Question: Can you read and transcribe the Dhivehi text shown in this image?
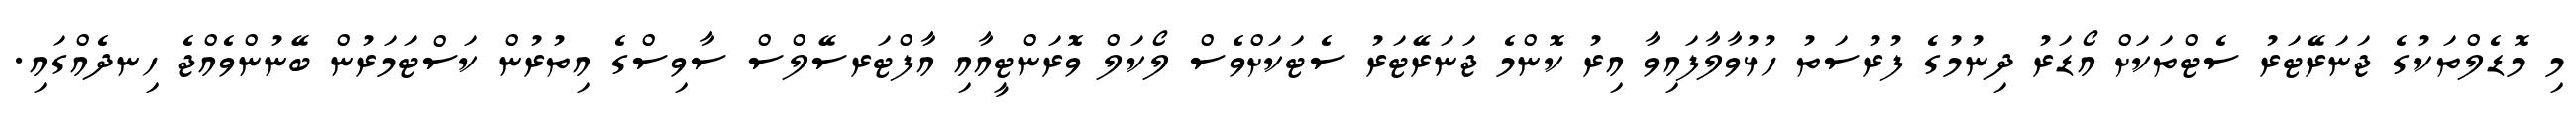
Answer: މި މޮޑެލްތަކުގެ ޖަނަރޭޓަރު ސެޓްތަކަށް އޯޑަރު ދިނުމުގެ ފުރުސަތު ހުޅުވާލާފައިވާ އިރު ކޮންމެ ޖަނަރޭޓަރު ސެޓަކަށްވެސް ލޯކަލް ވޮރަންޓީއާއި އާފްޓަރސޭލްސް ސާވިސްގެ އިތުރުން ކަސްޓަމަރުން ބޭނުންވެއްޖެ ހިނދެއްގައި.